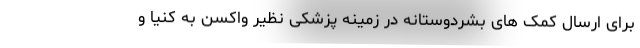
برای ارسال کمک های بشردوستانه در زمینه پزشکی نظیر واکسن به کنیا و